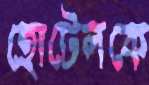
হোটেলকে